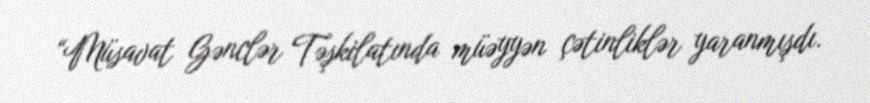
“Müsavat Gənclər Təşkilatında müəyyən çətinliklər yaranmışdı.